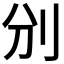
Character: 𠚼